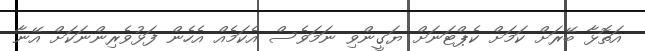
އަތޮޅާ ބޭރަށް ކަމަށް ކެޕްޓަނަށް ޔަގީންވި ނަމަވެސް އެކަމެއް އެހެން ފަޅުވެރިންނަކަށް އޭނާ